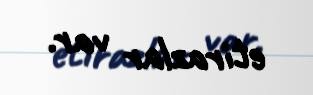
etirazlar var.